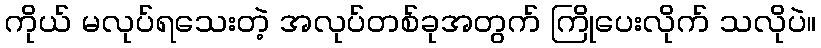
ကိုယ် မလုပ်ရသေးတဲ့ အလုပ်တစ်ခုအတွက် ကြိုပေးလိုက် သလိုပဲ။